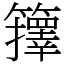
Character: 籜